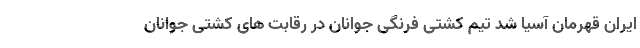
ایران قهرمان آسیا شد تیم کشتی فرنگی جوانان در رقابت های کشتی جوانان